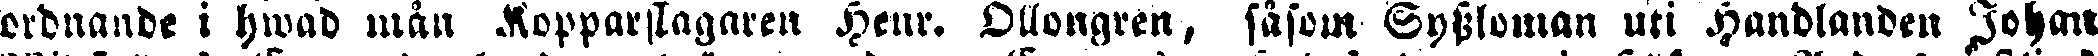
ordnande i hwad mån Kopparslagaren Henr. Ollongren, såsom Syssloman uti Handlanden Johan